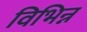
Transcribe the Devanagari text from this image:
विभिन्न